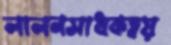
লালনসাধকদ্বয়